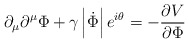
\begin{align*}\partial _\mu \partial ^\mu \Phi +\gamma \left| \dot \Phi \right|e^{i\theta }=-\frac{\partial V}{\partial \Phi }\end{align*}